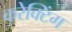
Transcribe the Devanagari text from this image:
करेक्टिंग